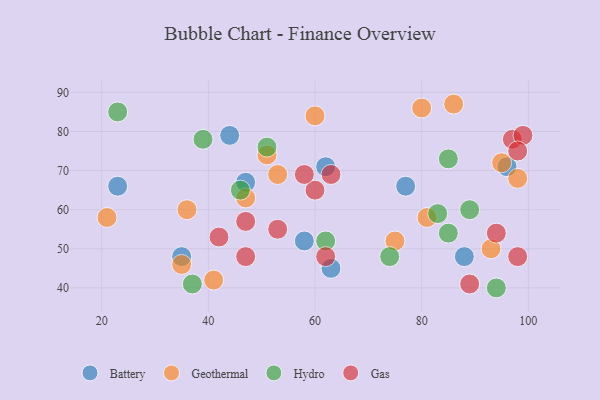
{"axis": {"x": "GDP", "y": "Life Expectancy"}, "legend": ["Battery", "Gas", "Geothermal", "Hydro"], "data": [{"x": "62", "y": 71, "type": "Battery"}, {"x": "77", "y": 66, "type": "Battery"}, {"x": "23", "y": 66, "type": "Battery"}, {"x": "96", "y": 71, "type": "Battery"}, {"x": "58", "y": 52, "type": "Battery"}, {"x": "44", "y": 79, "type": "Battery"}, {"x": "35", "y": 48, "type": "Battery"}, {"x": "47", "y": 67, "type": "Battery"}, {"x": "63", "y": 45, "type": "Battery"}, {"x": "88", "y": 48, "type": "Battery"}, {"x": "36", "y": 60, "type": "Geothermal"}, {"x": "41", "y": 42, "type": "Geothermal"}, {"x": "21", "y": 58, "type": "Geothermal"}, {"x": "75", "y": 52, "type": "Geothermal"}, {"x": "98", "y": 68, "type": "Geothermal"}, {"x": "93", "y": 50, "type": "Geothermal"}, {"x": "35", "y": 46, "type": "Geothermal"}, {"x": "47", "y": 63, "type": "Geothermal"}, {"x": "53", "y": 69, "type": "Geothermal"}, {"x": "81", "y": 58, "type": "Geothermal"}, {"x": "51", "y": 74, "type": "Geothermal"}, {"x": "60", "y": 84, "type": "Geothermal"}, {"x": "86", "y": 87, "type": "Geothermal"}, {"x": "80", "y": 86, "type": "Geothermal"}, {"x": "95", "y": 72, "type": "Geothermal"}, {"x": "85", "y": 54, "type": "Hydro"}, {"x": "83", "y": 59, "type": "Hydro"}, {"x": "51", "y": 76, "type": "Hydro"}, {"x": "74", "y": 48, "type": "Hydro"}, {"x": "46", "y": 65, "type": "Hydro"}, {"x": "89", "y": 60, "type": "Hydro"}, {"x": "23", "y": 85, "type": "Hydro"}, {"x": "37", "y": 41, "type": "Hydro"}, {"x": "39", "y": 78, "type": "Hydro"}, {"x": "85", "y": 73, "type": "Hydro"}, {"x": "94", "y": 40, "type": "Hydro"}, {"x": "62", "y": 52, "type": "Hydro"}, {"x": "97", "y": 78, "type": "Gas"}, {"x": "63", "y": 69, "type": "Gas"}, {"x": "47", "y": 57, "type": "Gas"}, {"x": "60", "y": 65, "type": "Gas"}, {"x": "94", "y": 54, "type": "Gas"}, {"x": "99", "y": 79, "type": "Gas"}, {"x": "42", "y": 53, "type": "Gas"}, {"x": "89", "y": 41, "type": "Gas"}, {"x": "98", "y": 75, "type": "Gas"}, {"x": "47", "y": 48, "type": "Gas"}, {"x": "62", "y": 48, "type": "Gas"}, {"x": "98", "y": 48, "type": "Gas"}, {"x": "53", "y": 55, "type": "Gas"}, {"x": "58", "y": 69, "type": "Gas"}]}